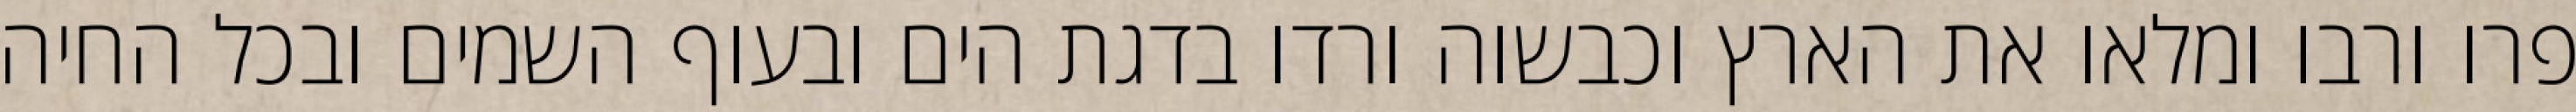
פרו ורבו ומלאו את הארץ וכבשוה ורדו בדגת הים ובעוף השמים ובכל החיה